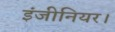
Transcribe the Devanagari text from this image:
इंजीनियर।